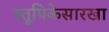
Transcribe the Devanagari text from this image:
स्तूपिकेसारखा